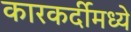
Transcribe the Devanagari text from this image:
कारकर्दीमध्ये